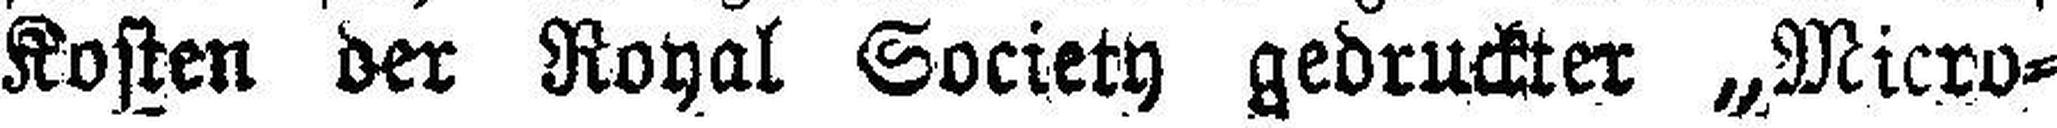
Kosten der Royal Society gedruckter „Micro¬